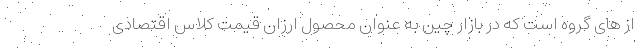
از های گروه است که در بازار چین به عنوان محصول ارزان قیمت کلاس اقتصادی